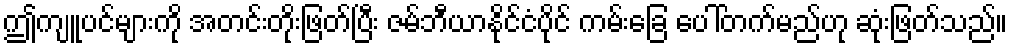
ဤကျူပင်များကို အတင်းတိုးဖြတ်ပြီး ဇမ်ဘီယာနိုင်ငံပိုင် ကမ်းခြေ ပေါ်တက်မည်ဟု ဆုံးဖြတ်သည်။